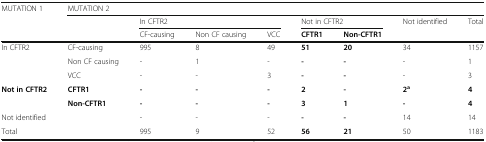
<table><thead><tr><td><b>MUTATION 1</b></td><td colspan="8"><b>MUTATION 2</b></td></tr><tr><td></td><td></td><td colspan="3"><b>In CFTR2</b></td><td colspan="2"><b>Not in CFTR2</b></td><td><b>Not identified</b></td><td><b>Total</b></td></tr><tr><td></td><td></td><td><b>CF-causing</b></td><td><b>Non CF causing</b></td><td><b>VCC</b></td><td><b>CFTR1</b></td><td><b>Non-CFTR1</b></td><td></td><td></td></tr></thead><tbody><tr><td>In CFTR2</td><td>CF-causing</td><td>995</td><td>8</td><td>49</td><td><b>51</b></td><td><b>20</b></td><td>34</td><td>1157</td></tr><tr><td></td><td>Non CF causing</td><td>-</td><td>1</td><td>-</td><td><b>-</b></td><td><b>-</b></td><td>-</td><td>1</td></tr><tr><td></td><td>VCC</td><td>-</td><td>-</td><td>3</td><td><b>-</b></td><td><b>-</b></td><td>-</td><td>3</td></tr><tr><td><b>Not in CFTR2</b></td><td><b>CFTR1</b></td><td><b>-</b></td><td><b>-</b></td><td><b>-</b></td><td><b>2</b></td><td><b>-</b></td><td><b>2</b><sup><b>a</b></sup></td><td><b>4</b></td></tr><tr><td></td><td><b>Non-CFTR1</b></td><td><b>-</b></td><td><b>-</b></td><td><b>-</b></td><td><b>3</b></td><td><b>1</b></td><td><b>-</b></td><td><b>4</b></td></tr><tr><td>Not identified</td><td></td><td>-</td><td>-</td><td>-</td><td><b>-</b></td><td><b>-</b></td><td>14</td><td>14</td></tr><tr><td>Total</td><td></td><td>995</td><td>9</td><td>52</td><td><b>56</b></td><td><b>21</b></td><td>50</td><td>1183</td></tr></tbody></table>